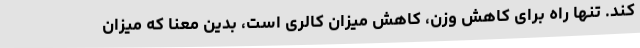
کند. تنها راه برای کاهش وزن، کاهش میزان کالری است، بدین معنا که میزان